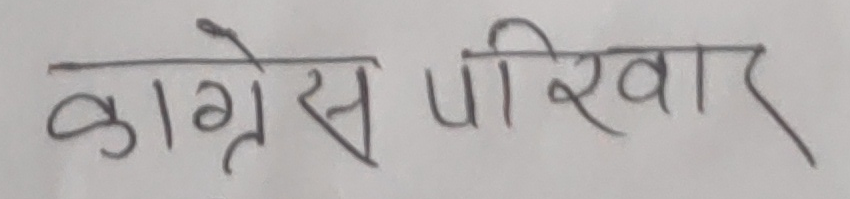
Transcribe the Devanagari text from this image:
कांग्रेस परिवार